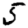
Digit: 5